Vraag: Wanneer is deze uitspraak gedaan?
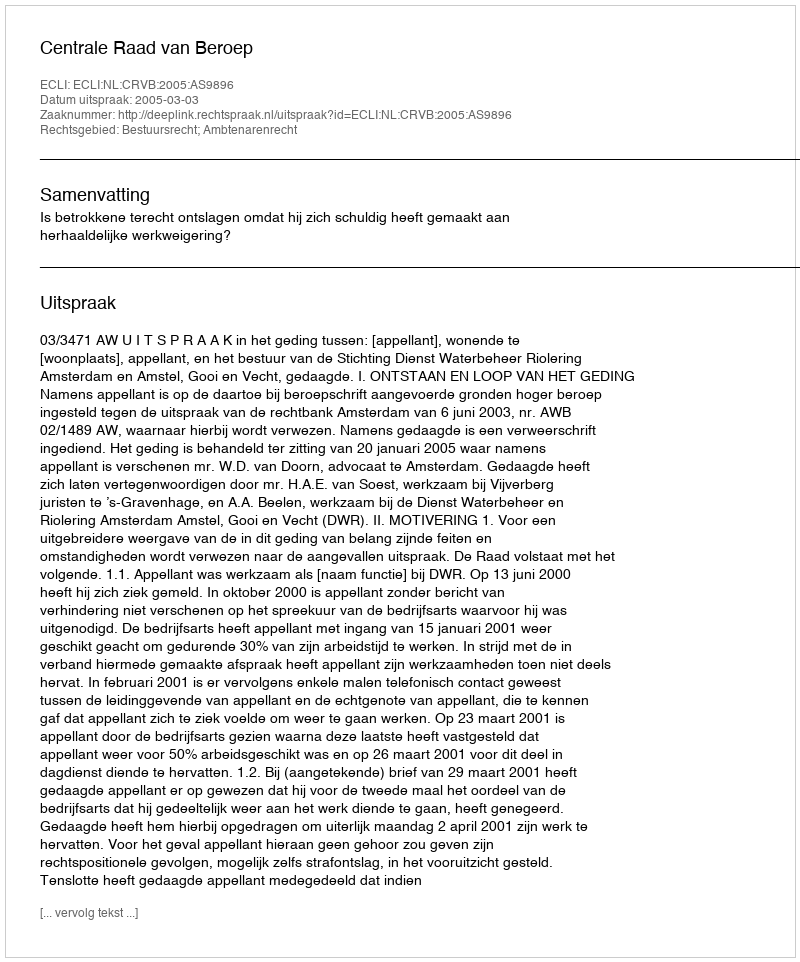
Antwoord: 2005-03-03